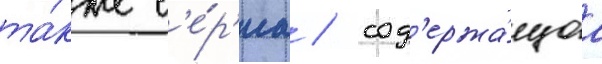
та́кже с'е́р'иа / сод'ержа́щаа